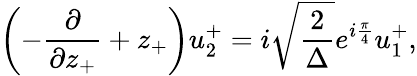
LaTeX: \left(-\frac{\partial}{{\partial}z_{+}}+z_{+}\right)u_{2}^{+}=i\sqrt{\frac{2}{\Delta}}e^{i\frac{\pi}{4}}u_{1}^{+},